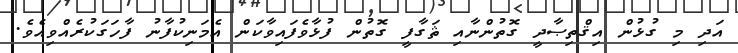
އަދި މި ގުޅުން އިޤްތިޞާދީ ގޮތުންނާއި ޘަގާފީ ގޮތުން ފުޅާވެފައިވާކަން އެމަނިކުފާނު ފާހަގަކުރެއްވިއެވެ.